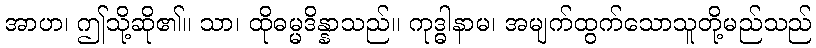
အာဟ၊ ဤသို့ဆို၏။ သာ၊ ထိုဓမ္မဒိန္နာသည်။ ကုဒ္ဓါနာမ၊ အမျက်ထွက်သောသူတို့မည်သည်